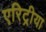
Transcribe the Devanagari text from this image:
एरिट्रीया